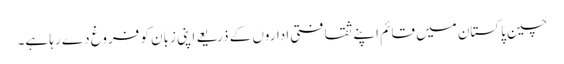
چین پاکستان میں قائم اپنے ثقافتی اداروں کے ذریعے اپنی زبان کو فروغ دے رہا ہے۔